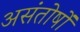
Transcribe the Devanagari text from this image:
असंतोषों